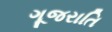
ગૂજરાતિ